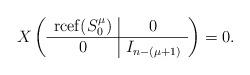
LaTeX: \begin{align*}X \left( \begin{array}{c|c}\operatorname{rcef}(S^\mu_0) & 0 \\\hline0 & I_{n-(\mu+1)}\end{array}\right) = 0.\end{align*}